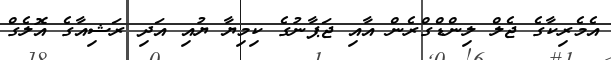
އެމެރިކާގެ ޖެލް ލިންޑްގްރެން އާއި ޖަޕާނުގެ ކިމިޔާ ޔުއި އަދި ރަޝިއާގެ އޮލެގް